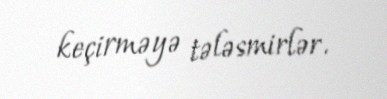
keçirməyə tələsmirlər.